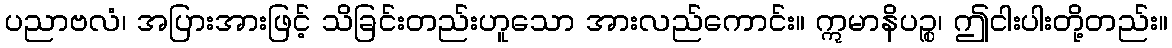
ပညာဗလံ၊ အပြားအားဖြင့် သိခြင်းတည်းဟူသော အားလည်ကောင်း။ ဣမာနိပဉ္စ၊ ဤငါးပါးတို့တည်း။